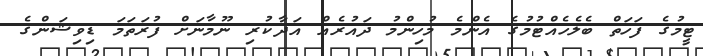
ޓީމުގެ ފަހަތް ބެލެހެއްޓުމުގެ އެންމެ މުހިންމު ދައުރެއް އަދާކުރި ނޫމާނަށް ފުރަތަމަ ޑިވިޝަންގެ